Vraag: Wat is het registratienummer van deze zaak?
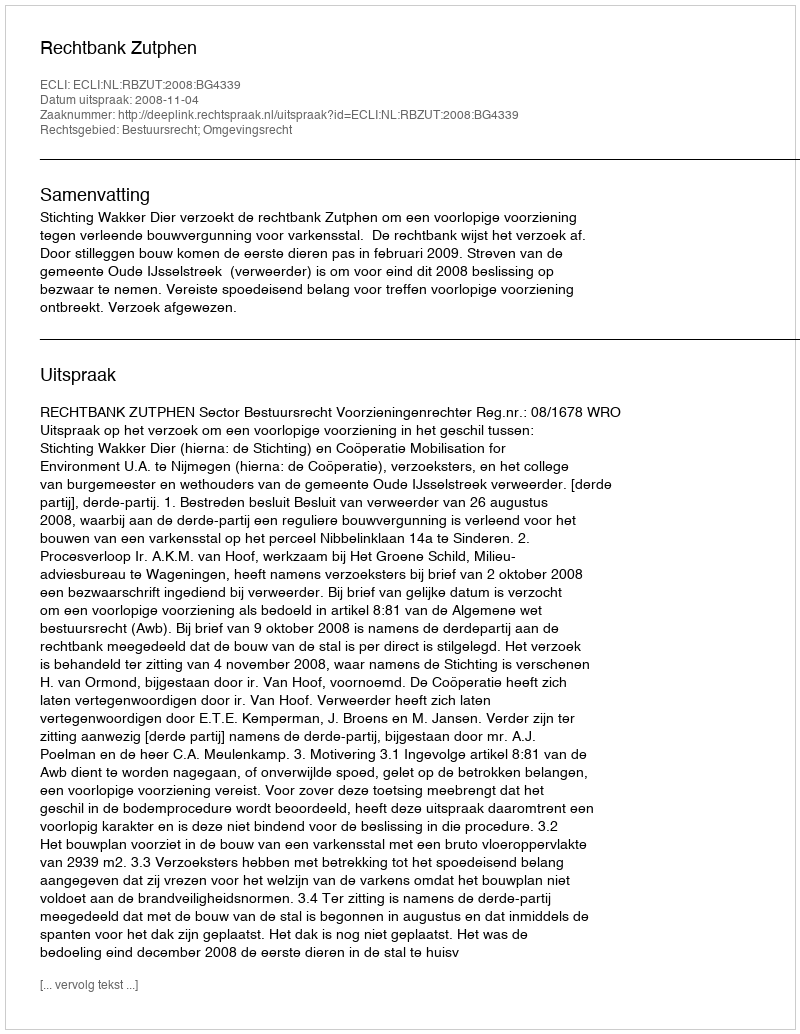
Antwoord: http://deeplink.rechtspraak.nl/uitspraak?id=ECLI:NL:RBZUT:2008:BG4339